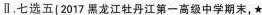
Ⅱ.七选五(2017黑龙江牡丹江第一高级中学期末,★